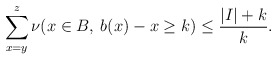
\begin{align*}\sum_{x=y}^{z} \nu(x \in B, \: b(x)-x \geq k) \leq \frac{|I|+k}{k}.\end{align*}